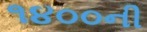
૧૪૦૦ની